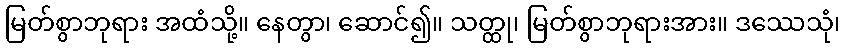
မြတ်စွာဘုရား အထံသို့။ နေတွာ၊ ဆောင်၍။ သတ္ထု၊ မြတ်စွာဘုရားအား။ ဒဿေသုံ၊